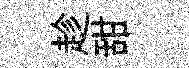
趁甜